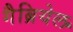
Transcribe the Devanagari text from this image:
गैब्रियेल